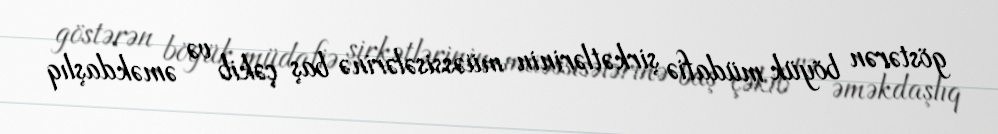
göstərən böyük müdafiə şirkətlərinin müəssisələrinə baş çəkib və əməkdaşlıq